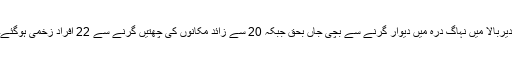
دیربالا میں نہاگ درہ میں دیوار گرنے سے بچی جاں بحق جبکہ 20 سے زائد مکانوں کی چھتیں گرنے سے 22 افراد زخمی ہوگئے۔